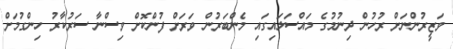
ވަޒީރުންނަށް ރުހުން ދިނުމުގެ މައްސަލައިގައި މެންބަރުން ވަރަށް ފުންކޮށް ވިސްނާ ސަރުކާރު ހިންގުމަށް